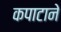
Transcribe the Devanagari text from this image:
कपाटाने